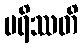
မရိဿတိ